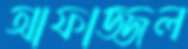
আফাজ্জল